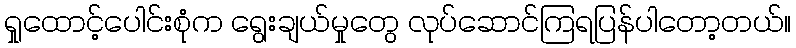
ရှုထောင့်ပေါင်းစုံက ရွေးချယ်မှုတွေ လုပ်ဆောင်ကြရပြန်ပါတော့တယ်။